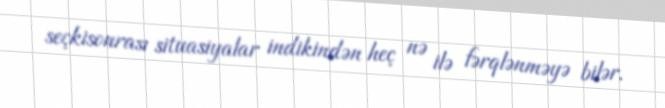
seçkisonrası situasiyalar indikindən heç nə ilə fərqlənməyə bilər.